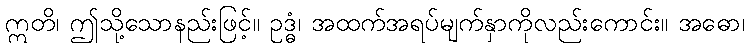
ဣတိ၊ ဤသို့သောနည်းဖြင့်။ ဥဒ္ဓံ၊ အထက်အရပ်မျက်နှာကိုလည်းကောင်း။ အဓော၊